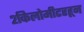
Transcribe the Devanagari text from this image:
२किलोमीटरहून